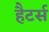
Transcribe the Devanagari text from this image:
हैटर्स